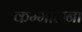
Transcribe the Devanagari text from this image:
कम्मालना